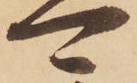
可